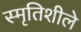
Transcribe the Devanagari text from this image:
स्मृतिशीले